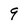
Character: 9